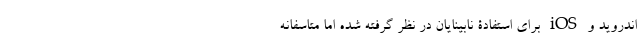
اندروید و iOS برای استفادۀ نابینایان در نظر گرفته شده اما متاسفانه